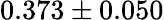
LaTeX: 0.373\pm 0.050